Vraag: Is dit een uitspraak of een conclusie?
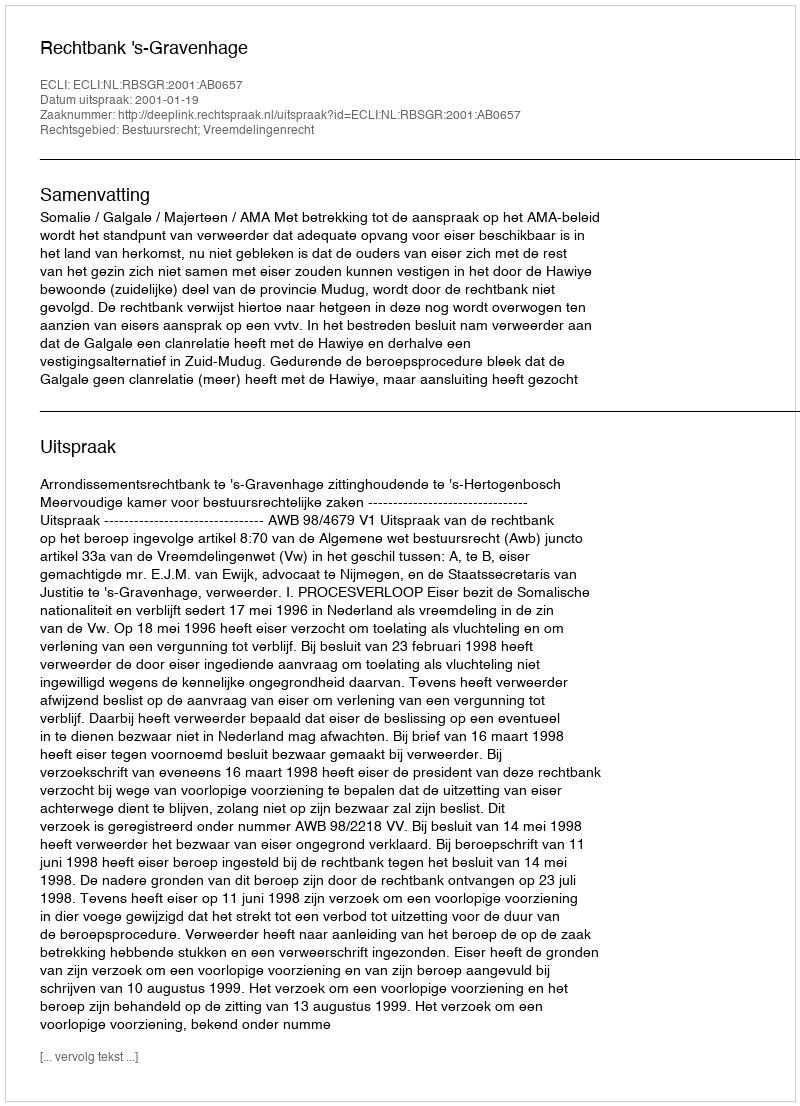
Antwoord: Uitspraak